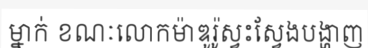
ម្នាក់ ខណៈលោកម៉ាឌូរ៉ូស្វះស្វែងបង្ហាញ